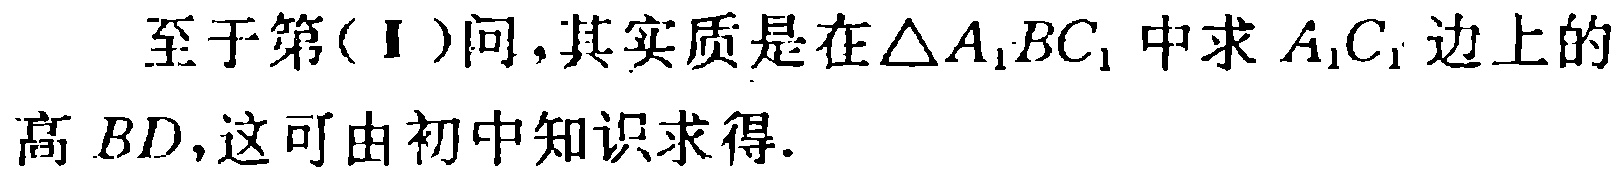
至于第(Ⅱ)问,其实质是在\(\triangle A_{1}BC_{1}\)中求\(A_{1}C_{1}\)边上的高 \(BD\),这可由初中知识求得.